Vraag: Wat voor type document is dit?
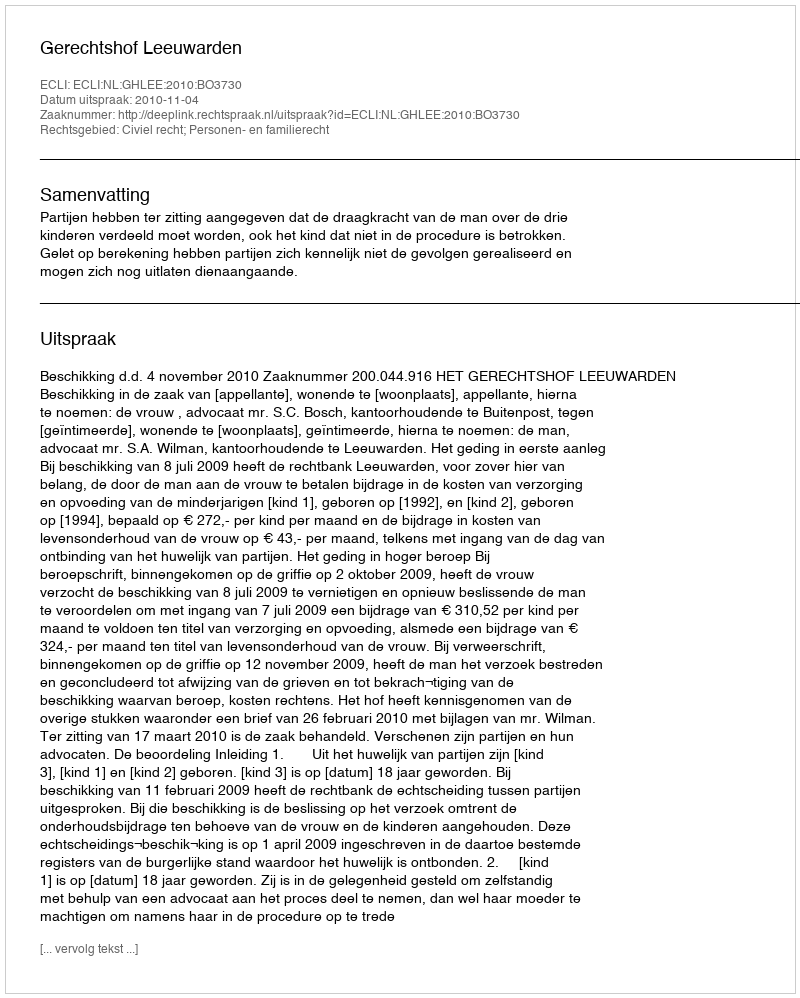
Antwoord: Uitspraak